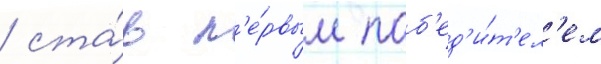
/ ста́в п'е́рвым поб'ед'и́т'ел'ем